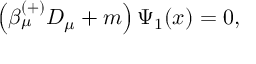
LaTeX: \left( \beta _ { \mu } ^ { ( + ) } D _ { \mu } + m \right) \Psi _ { 1 } ( x ) = 0 ,